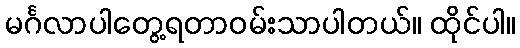
မင်္ဂလာပါတွေ့ရတာဝမ်းသာပါတယ်။ ထိုင်ပါ။